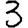
Digit: 3